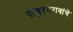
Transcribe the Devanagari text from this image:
पांडुरंगरावांचे